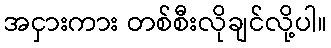
အငှားကား တစ်စီးလိုချင်လို့ပါ။